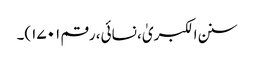
سنن الکبریٰ، نسائی، رقم ۱۷۰۱)۔